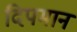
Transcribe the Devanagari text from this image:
दिपमान